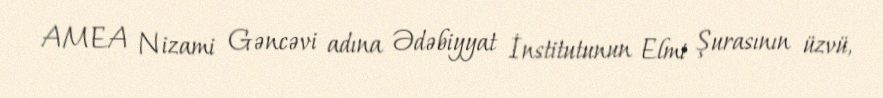
AMEA Nizami Gəncəvi adına Ədəbiyyat İnstitutunun Elmi Şurasının üzvü,